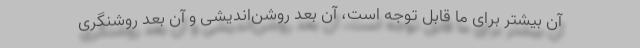
آن بیشتر برای ما قابل توجه است، آن بعد روشن‌اندیشی و آن بعد روشنگری